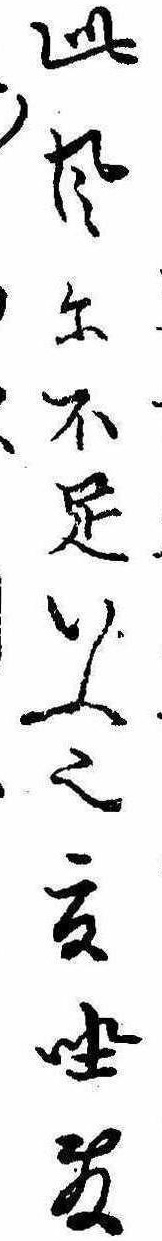
此風に不足いふ也夏坐敷